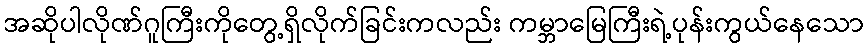
အဆိုပါလိုဏ်ဂူကြီးကိုတွေ့ရှိလိုက်ခြင်းကလည်း ကမ္ဘာမြေကြီးရဲ့ပုန်းကွယ်နေသော